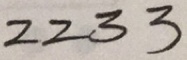
2 2 \cdot 3 3